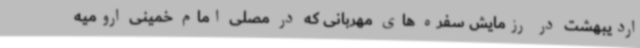
اردیبهشت در رزمایش سفره های مهربانی که در مصلی امام خمینی ارومیه